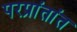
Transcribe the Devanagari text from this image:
परप्रांतांत